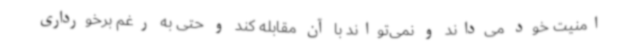
امنیت خود می‌داند و نمی‌تواند با آن مقابله کند و حتی به رغم برخورداری